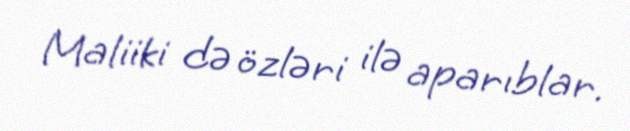
Maliiki də özləri ilə aparıblar.